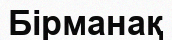
Бірманақ